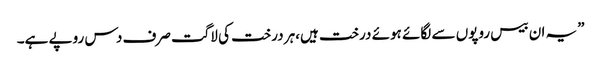
”یہ ان بیس روپوں سے لگائے ہوئے درخت ہیں،ہر درخت کی لاگت صرف دس روپے ہے۔